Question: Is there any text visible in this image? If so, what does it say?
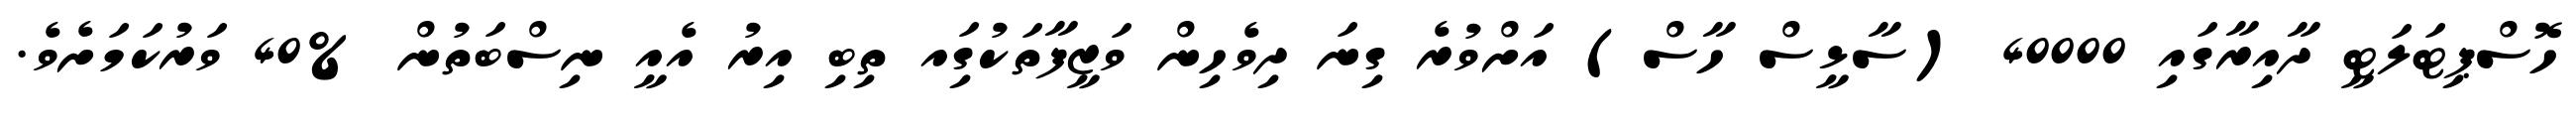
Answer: ހޮސްޕިޓަލަޓީ ދާއިރާގައި 40000 (ސާޅީސް ހާސް) އަށްވުރެ ގިނަ ދިވެހިން ވަޒީފާތަކުގަިއ ތިބި އިރު އެއީ ނިސްބަތުން %40 ވަރުކަމަށެވެ.